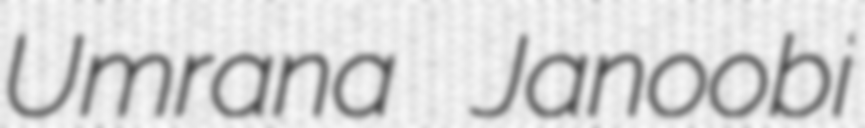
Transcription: Umrana Janoobi